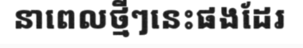
នាពេលថ្មីៗនេះផងដែរ